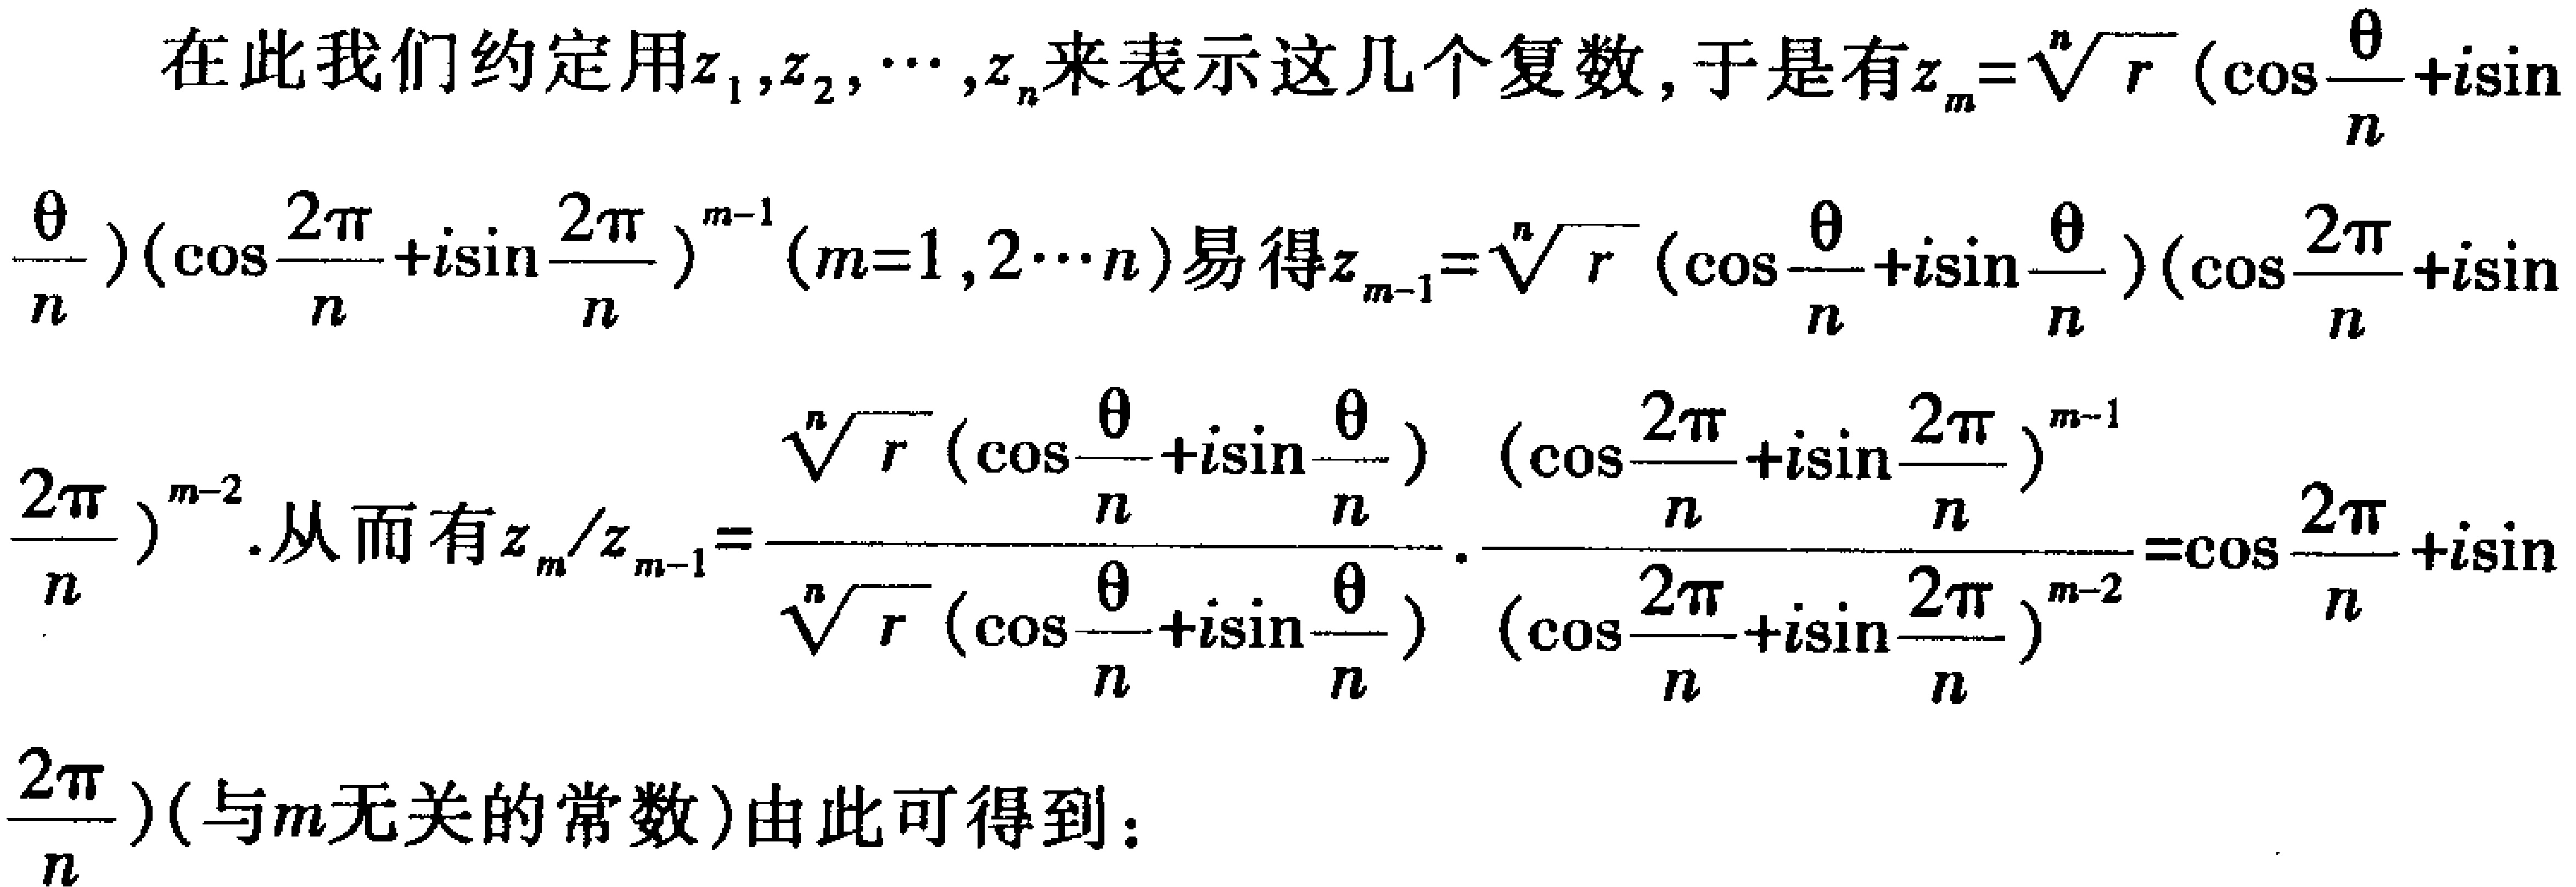
在此我们约定用\(z_1,z_2,\cdots,z_n\)来表示这几个复数, 于是有\(z_m = \sqrt[n]{r}(\cos\frac{\theta}{n}+i\sin\frac{\theta}{n})(\cos\frac{2\pi}{n}+i\sin\frac{2\pi}{n})^{m - 1}(m = 1,2\cdots n)\)易得\(z_{m - 1}=\sqrt[n]{r}(\cos\frac{\theta}{n}+i\sin\frac{\theta}{n})(\cos\frac{2\pi}{n}+i\sin\frac{2\pi}{n})^{m - 2}\). 从而有\(z_m/z_{m - 1}=\frac{\sqrt[n]{r}(\cos\frac{\theta}{n}+i\sin\frac{\theta}{n})(\cos\frac{2\pi}{n}+i\sin\frac{2\pi}{n})^{m - 1}}{\sqrt[n]{r}(\cos\frac{\theta}{n}+i\sin\frac{\theta}{n})(\cos\frac{2\pi}{n}+i\sin\frac{2\pi}{n})^{m - 2}}=\cos\frac{2\pi}{n}+i\sin\frac{2\pi}{n}\)（与\(m\)无关的常数）由此可得到：